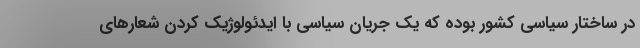
در ساختار سیاسی کشور بوده که یک جریان سیاسی با ایدئولوژیک کردن شعارهای